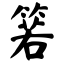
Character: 箬